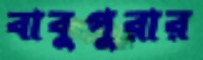
বাবুপুরার